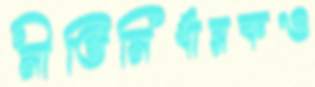
নীতিনির্ধারকও